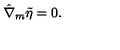
\hat { \nabla } _ { m } \tilde { \eta } = 0 .